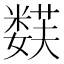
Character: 𱾪